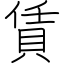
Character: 賃